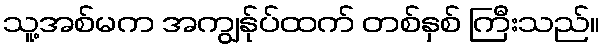
သူ့အစ်မက အကျွန်ုပ်ထက် တစ်နှစ် ကြီးသည်။